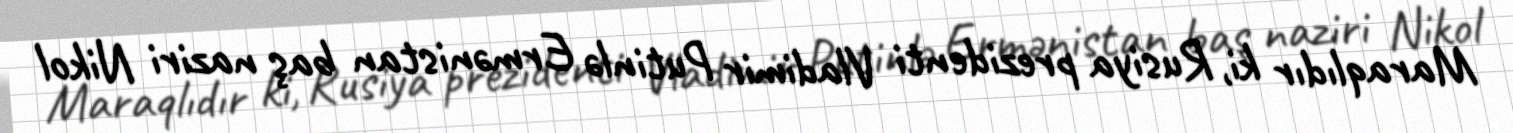
Maraqlıdır ki, Rusiya prezidenti Vladimir Putinlə Ermənistan baş naziri Nikol